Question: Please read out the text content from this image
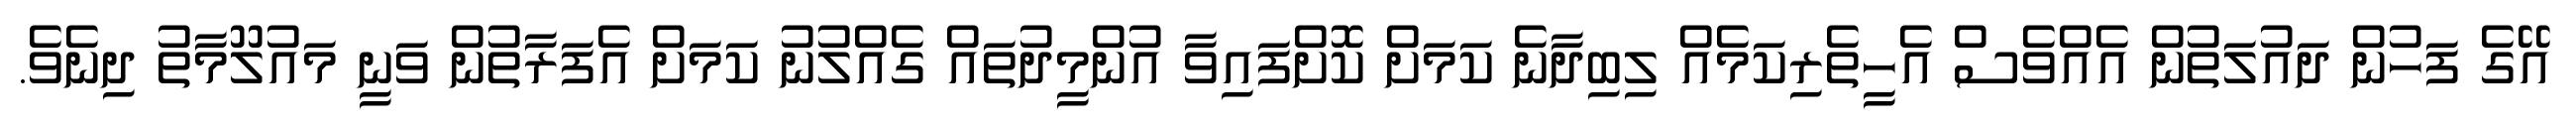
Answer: އޭގެ ފަހުން ދައުލަތުން އެއްވެސް އެހީތެރިކަމެއް ލިބިދާނެ ކަމަށް ކޮށްފައިވާ އުންމީދުތައް ގެއްލުނު ކަމަށް އެފަރާތުން ވަނީ މައުލޫމާތު ދިނެވެ.